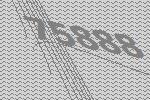
75888